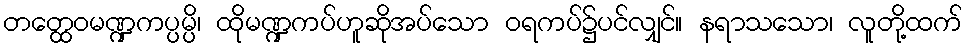
တတ္ထေဝမဏ္ဍကပ္ပမ္ပိ၊ ထိုမဏ္ဍကပ်ဟူဆိုအပ်သော ဝရကပ်၌ပင်လျှင်။ နရာသသော၊ လူတို့ထက်